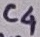
Text: C4